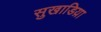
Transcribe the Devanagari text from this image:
सुखाडिय़ा